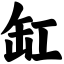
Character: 缸